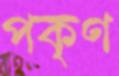
পকৃণ